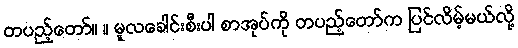
တပည့်တော်။ ။ မူလခေါင်းစီးပါ စာအုပ်ကို တပည့်တော်က ပြင်လိမ့်မယ်လို့